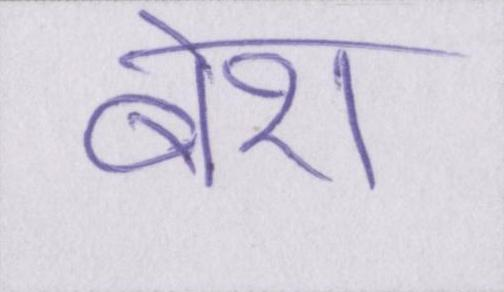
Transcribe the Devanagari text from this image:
बेश